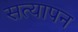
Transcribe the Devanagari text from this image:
सत्‍यापन